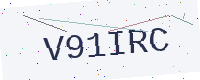
Text: V91IRC